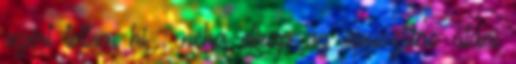
azért tettem ki : néha elkap az öpusztitás utáni